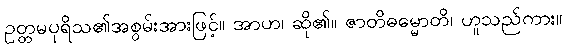
ဥတ္တမပုရိသ၏အစွမ်းအားဖြင့်။ အာဟ၊ ဆို၏။ ဇာတိဓမ္မောတိ၊ ဟူသည်ကား။